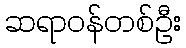
ဆရာဝန်တစ်ဦး